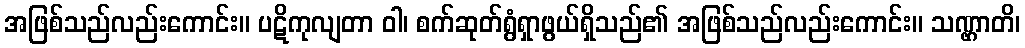
အဖြစ်သည်လည်းကောင်း။ ပဋိကုလျတာ ဝါ၊ စက်ဆုတ်ရွံရှာဖွယ်ရှိသည်၏ အဖြစ်သည်လည်းကောင်း။ သဏ္ဌာတိ၊